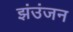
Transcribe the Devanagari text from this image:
झंउंजन